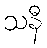
သနီ